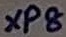
Text: XP8